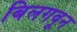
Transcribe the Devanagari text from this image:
बिलगवून